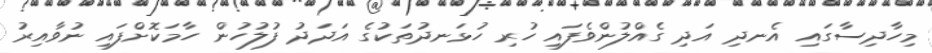
މިހާދިސާގައި އެނދި އަދި ގެއްލުންވެފައި ހުރި ހުޅަނދުތަކުގެ އަދަދު ފުލުހުން ހާމަކޮށްފައި ނުވާއިރު